Malaria in the Punjab - Number 46
Disease focus: Malaria
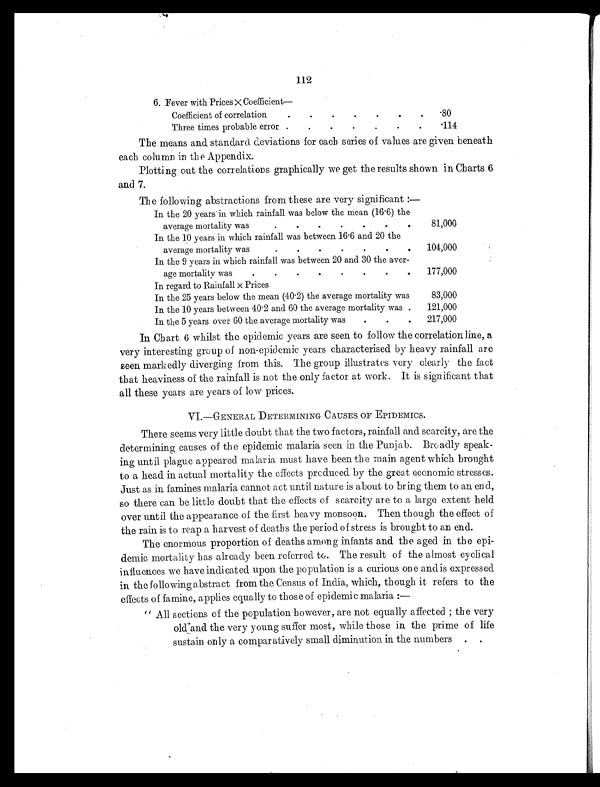
112
6 . F e v e r w i t h P r i c e s × C o e f f i c i e n t —
Coefficient of correlation
.
.
. .
.
.
.
.80
Three times probable error .
.
.
. .
. .
.114
The means and standard deviations for each series of values are given beneath
each column in the Appendix.
Plotting out the correlations graphically we get the results shown in Charts 6
and 7.
The following abstractions from these are very significant:—
In the 20 years in which rainfall was below the mean (16.6) the
average mortality was
.
.
.
. .
.
.
81,000
In the 10 years in which rainfall was between 16.6 and 20 the
average mortality was
.
.
.
.
.
.
.
104,000
In the 9 years in which rainfall was between 20 and 30 the aver-
age mortality was
.
.
.
.
.
.
.
.
177,000
In regard to Rainfall × Prices
In the 25 years below the mean (40.2) the average mortality was
83,000
In the 10 years between 40.2 and 60 the average mortality was .
121,000
In the 5 years over 60 the average mortality was
.
.
.
217,000
In Chart 6 whilst the epidemic years are seen to follow the correlation line, a
very interesting group of non-epidemic years characterised by heavy rainfall are
seen markedly diverging from this. The group illustrates very clearly the fact
that heaviness of the rainfall is not the only factor at work. It is significant that
all these years are years of low prices.
VI.—GENERAL DETERMINING CAUSES OF EPIDEMICS.
There seems very little doubt that the two factors, rainfall and scarcity, are the
determining causes of the epidemic malaria seen in the Punjab. Broadly speak-
ing until plague appeared malaria must have been the main agent which brought
to a head in actual mortality the effects produced by the great economic stresses.
Just as in famines malaria cannot act until nature is about to bring them to an end,
so there can be little doubt that the effects of scarcity are to a large extent held
over until the appearance of the first heavy monsoon. Then though the effect of
the rain is to reap a harvest of deaths the period of stress is brought to an end.
The enormous proportion of deaths among infants and the aged in the epi-
demic mortality has already been referred to. The result of the almost cyclical
influences we have indicated upon the population is a curious one and is expressed
in the following abstract from the Census of India, which, though it refers to the
effects of famine, applies equally to those of epidemic malaria:
—
"All sections of the population however, are not equally affected; the very
old and the very young suffer most, while those in the prime of life
sustain only a comparatively small diminution in the numbers . .